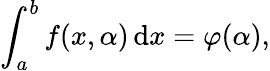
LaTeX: \int_{a}^{b}f(x,\alpha)\, \mathrm{d}x=\varphi(\alpha),